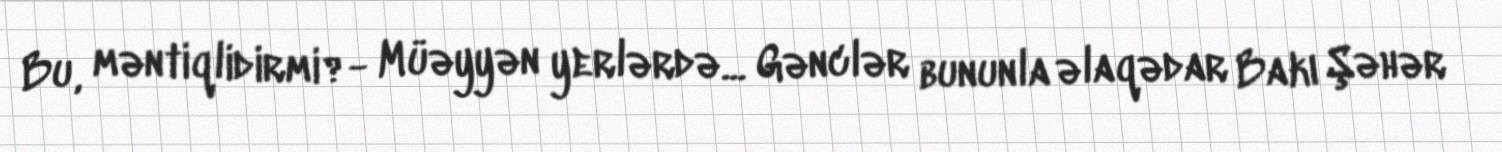
Bu, məntiqlidirmi?- Müəyyən yerlərdə... Gənclər bununla əlaqədar Bakı Şəhər